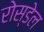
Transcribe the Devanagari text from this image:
रोस्डेल